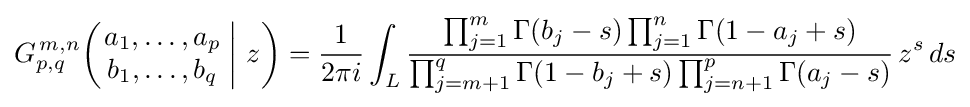
G_{p,q}^{\,m,n}\!\left(\left.{\begin{matrix}a_{1},\dots ,a_{p}\\b_{1},\dots ,b_{q}\end{matrix}}\;\right|\,z\right)={\frac {1}{2\pi i}}\int _{L}{\frac {\prod _{j=1}^{m}\Gamma (b_{j}-s)\prod _{j=1}^{n}\Gamma (1-a_{j}+s)}{\prod _{j=m+1}^{q}\Gamma (1-b_{j}+s)\prod _{j=n+1}^{p}\Gamma (a_{j}-s)}}\,z^{s}\,ds